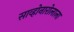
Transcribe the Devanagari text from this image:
साव्होनारोलाला